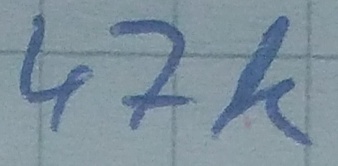
Text: 47k